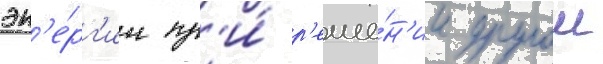
эн'е́рг'ии пр'и́ р'еше́н'ии другои